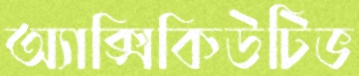
অ্যাক্সিকিউটিভ